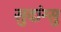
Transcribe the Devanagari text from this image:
सुदांग्सु